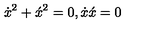
\dot { x } ^ { 2 } + \acute { x } ^ { 2 } = 0 , \dot { x } \acute { x } = 0